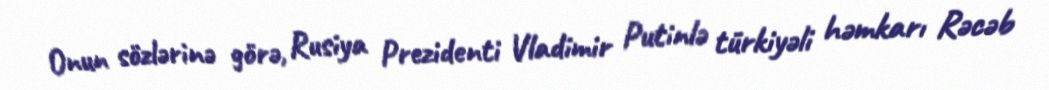
Onun sözlərinə görə, Rusiya Prezidenti Vladimir Putinlə türkiyəli həmkarı Rəcəb